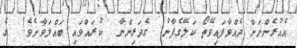
އެއުރެންނަށް ދެއްވާފައިވޭތޯ ކަލޭގެފާނު  ގެދަރިންނާ  ކުރައްވައި ބައްލަވާށެވެ!  ގެ